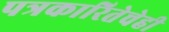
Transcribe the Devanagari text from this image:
पत्रकारितेचेही